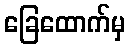
ခြေထောက်မှ